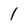
Character: 1